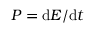
P = \mathrm { d } E / \mathrm { d } t